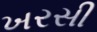
ખરસી